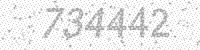
Solution: 734442